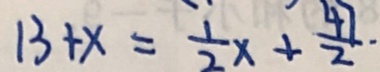
1 3 + x = \frac { 1 } { 2 } x + \frac { 4 7 } { 2 } .